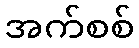
အက်စစ်